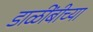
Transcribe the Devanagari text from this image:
डाळींबीच्या